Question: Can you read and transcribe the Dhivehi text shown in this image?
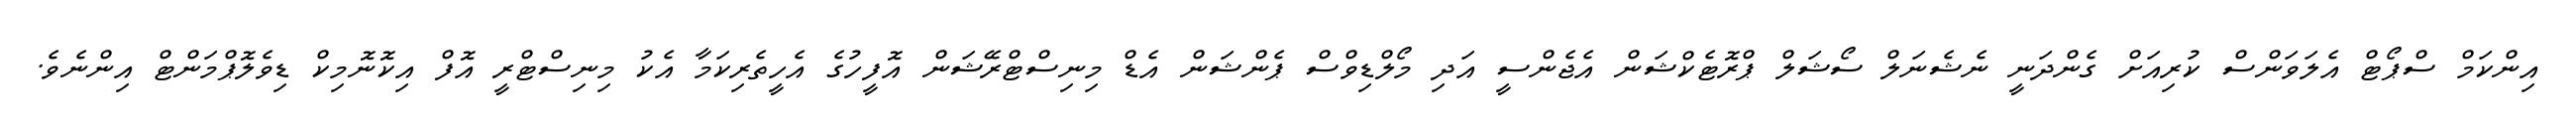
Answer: އިންކަމް ސްޕޯޓް އެލަވަންސް ކުރިއަށް ގެންދަނީ ނެޝެނަލް ސޯޝަލް ޕްރޮޓެކްޝަން އެޖެންސީ އަދި މޯލްޑިވްސް ޕެންޝަން އެޑް މިނިސްޓްރޭޝަން އޮފީހުގެ އެހީތެރިކަމާ އެކު މިނިސްޓްރީ އޮފް އިކޮނޮމިކް ޑިވެލޮޕްމަންޓް އިންނެވެ.